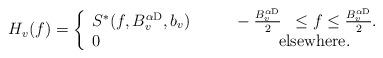
LaTeX: \begin{align*}\!\!\!\!\!\!\!\!\!\! H_{v}(f)=\left\{\begin{array}{ll}S^{*}(f,B_{v}^{\alpha {\rm D}},b_{v}) \ \ \ \ \ \ \ \ -\frac{B_{v}^{\alpha {\rm D}}}{2} &\leq f \leq \frac{B_{v}^{\alpha {\rm D}}}{2}.\\0 & \! \!\! \!\! \! \rm{elsewhere}.\end{array}\right. \end{align*}